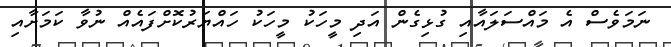
ނަމަވެސް އެ މައްސަލައާއި ގުޅިގެން އަދި މީހަކު މީހަކު ހައްޔަރުކޮށްފައެއް ނުވާ ކަމަށާއި